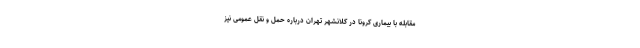
مقابله با بیماری کرونا در کلانشهر تهران درباره حمل و نقل عمومی نیز